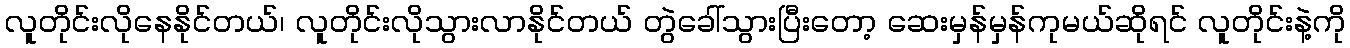
လူတိုင်းလိုနေနိုင်တယ်၊ လူတိုင်းလိုသွားလာနိုင်တယ် တွဲခေါ်သွားပြီးတော့ ဆေးမှန်မှန်ကုမယ်ဆိုရင် လူတိုင်းနဲ့ကို